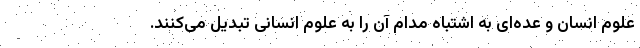
علوم انسان و عده‌ای به اشتباه مدام آن را به علوم انسانی تبدیل می‌کنند.